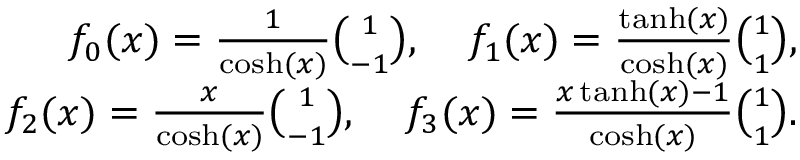
\begin{array} { r l r } & { } & { f _ { 0 } ( x ) = \frac { 1 } { \cosh ( x ) } { \binom { 1 } { - 1 } } , \; \; \; \; f _ { 1 } ( x ) = \frac { \operatorname { t a n h } ( x ) } { \cosh ( x ) } { \binom { 1 } { 1 } } , } \\ & { } & { f _ { 2 } ( x ) = \frac { x } { \cosh ( x ) } { \binom { 1 } { - 1 } } , \; \; \; \; f _ { 3 } ( x ) = \frac { x \operatorname { t a n h } ( x ) - 1 } { \cosh ( x ) } { \binom { 1 } { 1 } } . } \end{array}